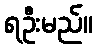
ရဦးမည်။